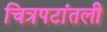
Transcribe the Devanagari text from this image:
चित्रपटांतली